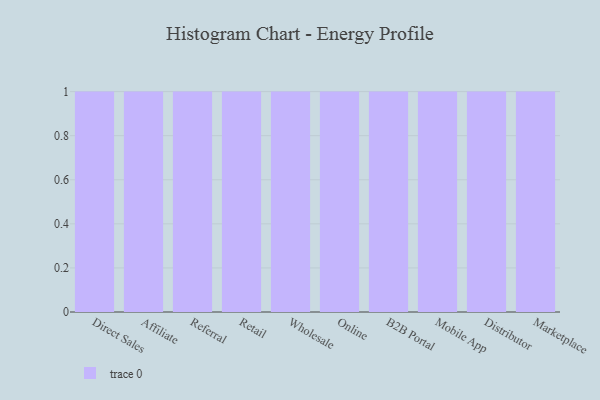
{"axis": {"x": "Channel", "y": "Market Share (%)"}, "legend": [""], "data": [{"x": "Direct Sales", "y": 39, "type": ""}, {"x": "Affiliate", "y": 45, "type": ""}, {"x": "Referral", "y": 96, "type": ""}, {"x": "Retail", "y": 73, "type": ""}, {"x": "Wholesale", "y": 77, "type": ""}, {"x": "Online", "y": 3, "type": ""}, {"x": "B2B Portal", "y": 17, "type": ""}, {"x": "Mobile App", "y": 12, "type": ""}, {"x": "Distributor", "y": 87, "type": ""}, {"x": "Marketplace", "y": 82, "type": ""}]}